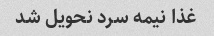
غذا نیمه سرد نحویل شد